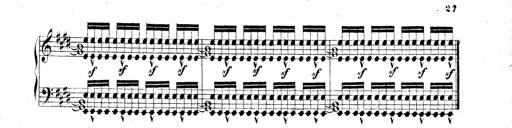
Title: Technische Studien
Composer: Franz Liszt